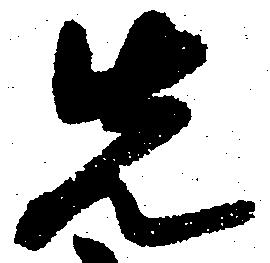
先